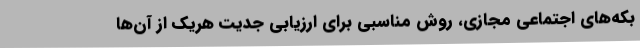
بکه‌های اجتماعی مجازی، روش مناسبی برای ارزیابی جدیّت هریک از آن‌ها